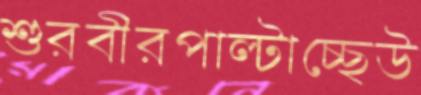
শুরবীরপাল্টাচ্ছেউ